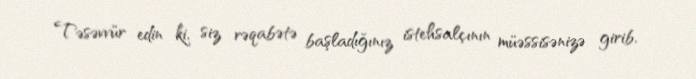
Təsəvvür edin ki, siz rəqabətə başladığınız istehsalçının müəssisənizə girib,